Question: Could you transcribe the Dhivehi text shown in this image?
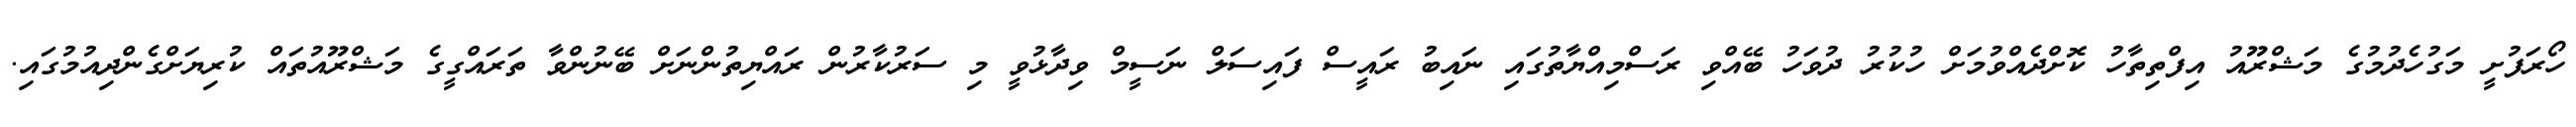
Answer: ހޯރަފުށީ މަގުހެދުމުގެ މަޝްރޫއު އިފްތިތާހު ކޮށްދެއްވުމަށް ހުކުރު ދުވަހު ބޭއްވި ރަސްމިއްޔާތުގައި ނައިބު ރައީސް ފައިސަލް ނަސީމް ވިދާޅުވީ މި ސަރުކާރުން ރައްޔިތުންނަށް ބޭނުންވާ ތަރައްގީގެ މަޝްރޫއުތައް ކުރިޔަށްގެންދިއުމުގައި.